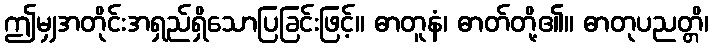
ဤမျှအတိုင်းအရှည်ရှိသောပြခြင်းဖြင့်။ ဓာတူနံ၊ ဓာတ်တို့၏။ ဓာတုပညတ္တိ၊